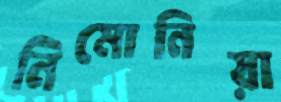
নিমোনিয়া